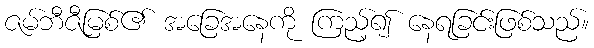
ဇမ်ဘီဇီမြစ်၏ အခြေအနေကို ကြည့်၍ နေရခြင်းဖြစ်သည်။